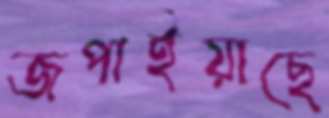
জপাইয়াছে